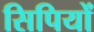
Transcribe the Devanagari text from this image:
सिपियों